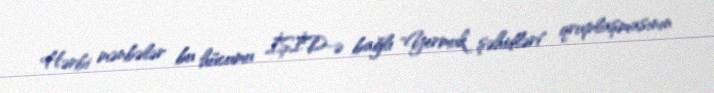
Hərbi mənbələr bu hücumu İŞİD-ə bağlı "Yermuk şəhidləri" qruplaşmasının